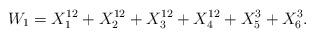
LaTeX: \begin{align*}W_{1} = X_{1}^{12} +X_{2}^{12} +X_{3}^{12} +X_{4}^{12} +X_{5}^{3} +X_{6}^{3} .\end{align*}